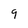
Character: 9